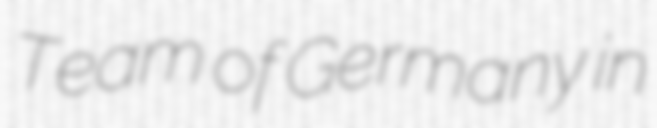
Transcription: Team of Germany in